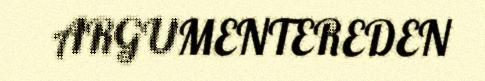
ARGUMENTEREDEN